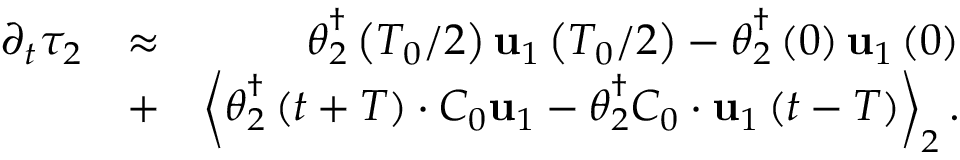
\begin{array} { r l r } { \partial _ { t } \tau _ { 2 } } & { \approx } & { \boldsymbol { \theta } _ { 2 } ^ { \dagger } \left( T _ { 0 } / 2 \right) \mathbf { u } _ { 1 } \left( T _ { 0 } / 2 \right) - \boldsymbol { \theta } _ { 2 } ^ { \dagger } \left( 0 \right) \mathbf { u } _ { 1 } \left( 0 \right) } \\ & { + } & { \left\langle \boldsymbol { \theta } _ { 2 } ^ { \dagger } \left( t + T \right) \cdot { \cal C } _ { 0 } \mathbf { u } _ { 1 } - \boldsymbol { \theta } _ { 2 } ^ { \dagger } { \cal C } _ { 0 } \cdot \mathbf { u } _ { 1 } \left( t - T \right) \right\rangle _ { 2 } . } \end{array}